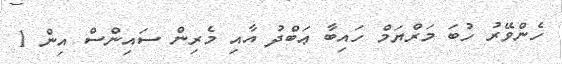
ހެންވޭރު ހުބަ މަރްޔަމް ހައިބާ ޢަބްދު އާއި މެރިން ސައިންސް އިން 1